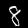
Digit: 8